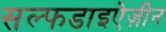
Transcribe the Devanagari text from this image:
सल्फडाइऐज़ीन